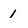
Character: 1